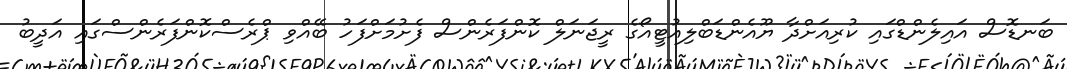
ބަނޑޮސް އައިލެންޑްގައި ކުރިއަށްދާ ޔޫއެންޑަބްލިއުޓީއޯގެ ރީޖަނަލް ކޮންފަރެންސް ފެށުމަށްފަހު ބޭއްވި ޕްރެސްކޮންފަރެންސްގައި އަދީބު